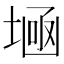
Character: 𡎕